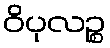
ဝိပုလဉ္စ